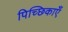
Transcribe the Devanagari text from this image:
पिच्छिकाएँ